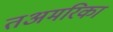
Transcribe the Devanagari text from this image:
तअमरिका